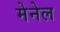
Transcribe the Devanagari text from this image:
मेनेल